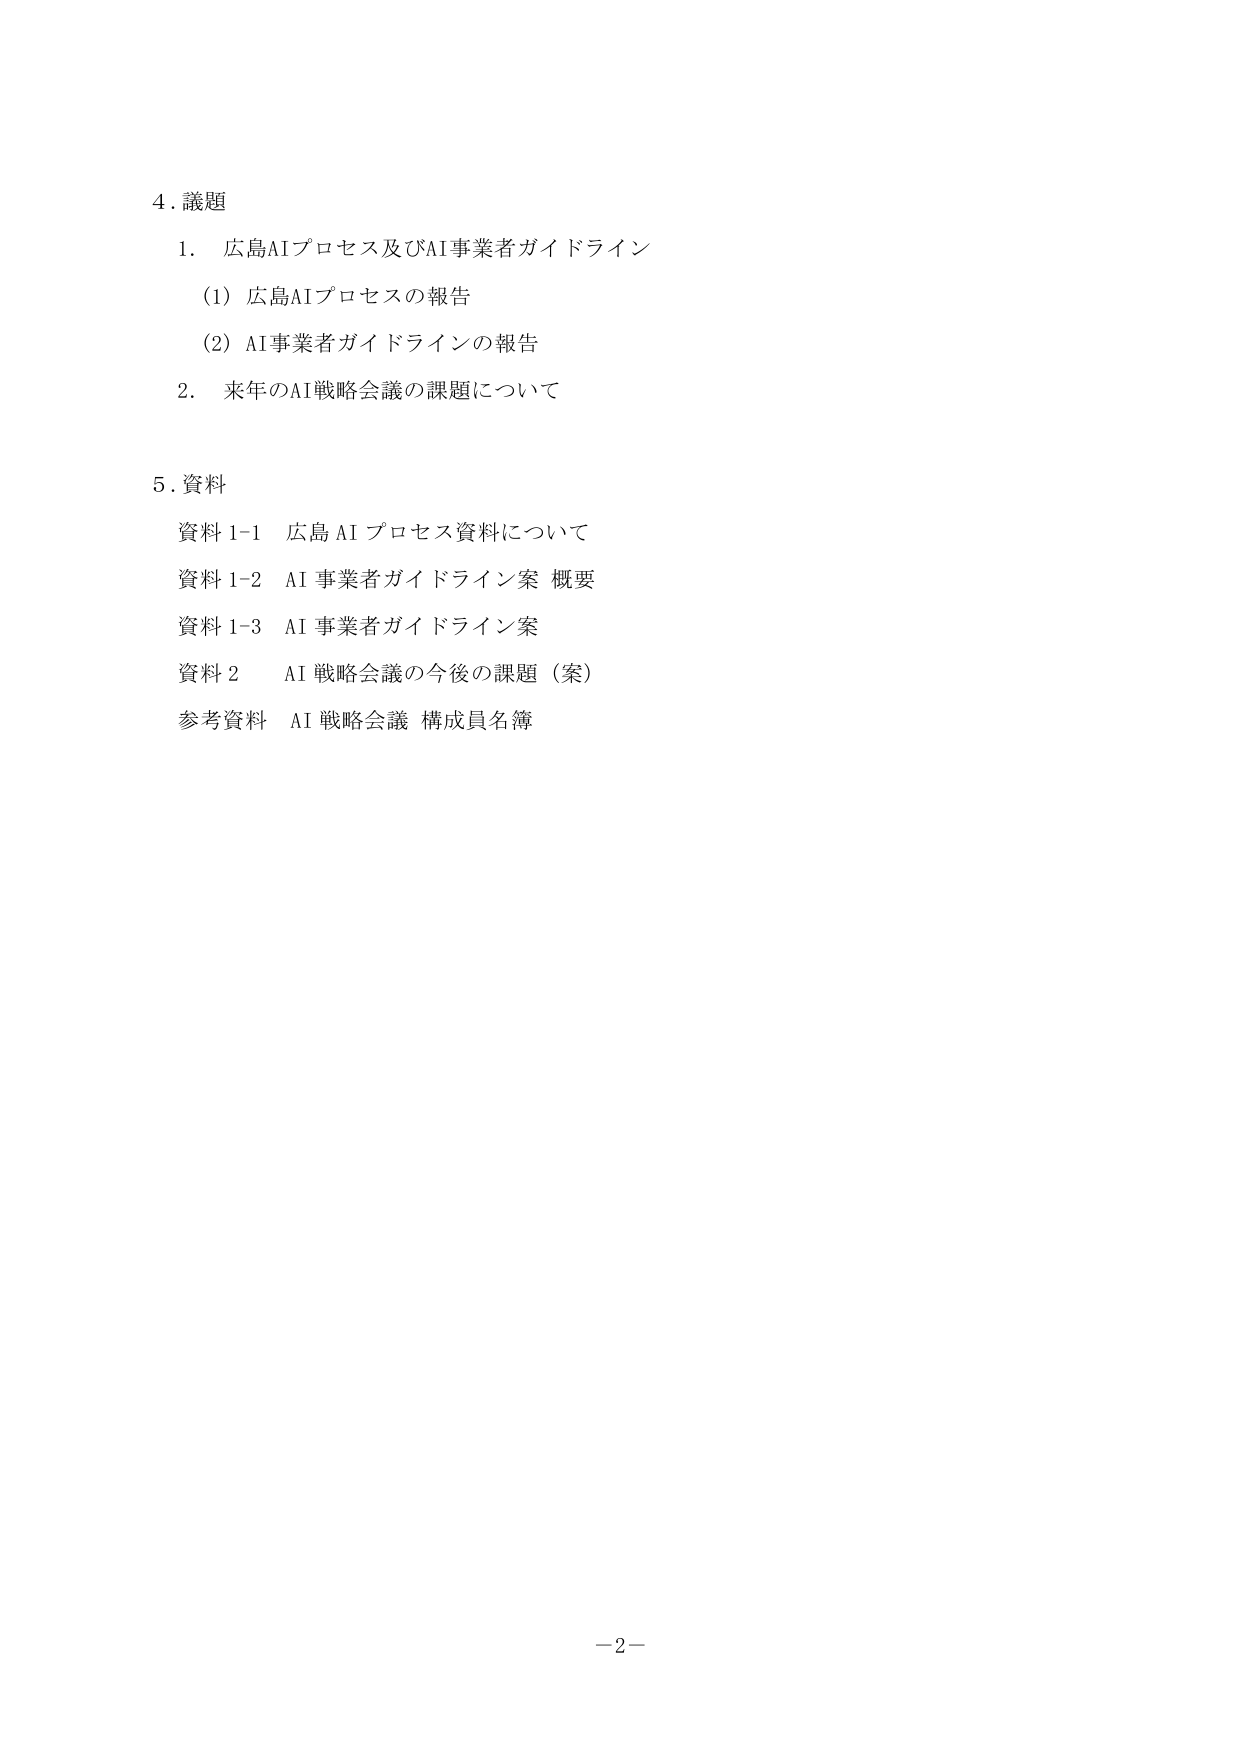
4. 議題
1. 広島AIプロセス及びAI事業者ガイドライン
　(1) 広島AIプロセスの報告
　(2) AI事業者ガイドラインの報告
2. 来年のAI戦略会議の課題について

5. 資料
　資料1-1 広島AIプロセス資料について
　資料1-2 AI事業者ガイドライン案 概要
　資料1-3 AI事業者ガイドライン案
　資料2 AI戦略会議の今後の課題（案）
　参考資料 AI戦略会議 構成員名簿

－2－